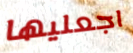
اجعليها